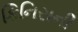
કિનિસની